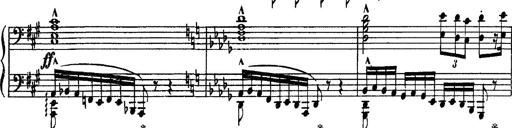
Title: Fantaisie sur des motifs favoris de l'opÃ©ra 'La sonnambula'
Composer: Franz Liszt